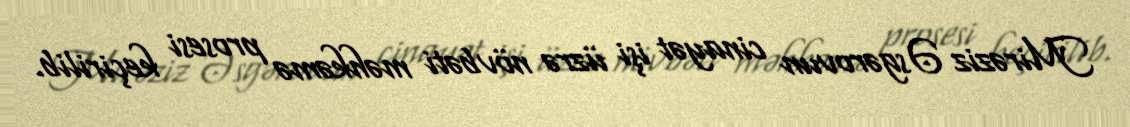
Mirəziz Əsgərovun cinayət işi üzrə növbəti məhkəmə prosesi keçirilib.